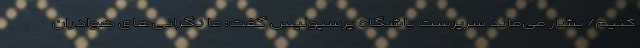
‌کنیم/ بشار می‌ماند سرپرست باشگاه پرسپولیس گفت: ما نگرانی‌های هوادران